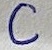
Text: C